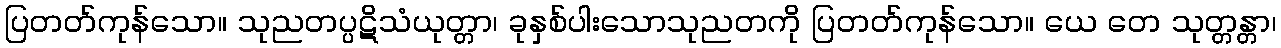
ပြတတ်ကုန်သော။ သုညတပ္ပဋိသံယုတ္တာ၊ ခုနှစ်ပါးသောသုညတကို ပြတတ်ကုန်သော။ ယေ တေ သုတ္တန္တာ၊